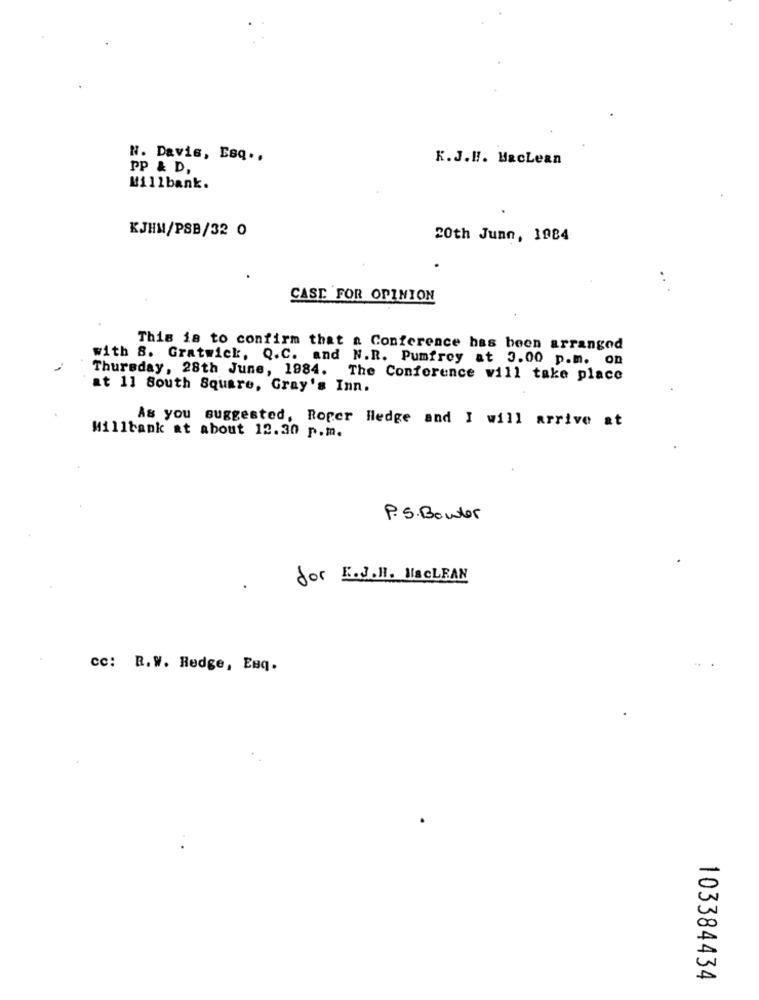
N. Davis, Esq .,
K.J.H. HacLean
PP & D,
Millbank.
KJHM/PSB/32 0
20th Junn, 1984
.. .
CASE FOR OPINION
This is to confirm that a Conference has been arranged
with 8. Gratwick, Q.C. and N.R. Pumfrey at 3.00 p.m. on
Thursday, 28th June, 1984. The Conference will take place
at 11 South Square, Gray's Inn.
As you suggested, Roger Hedge and I will arrive at
Willtank at about 12.30 p.m.
P.S. Bowler
for E.J.H. HacLEAN
cc: R.W. Hedge, Esq.
103384434